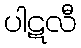
ပါဋလီ